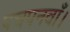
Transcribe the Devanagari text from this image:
पचपनवाँ।